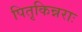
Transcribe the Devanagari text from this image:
पितृकिन्नराः